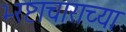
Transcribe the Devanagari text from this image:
भ्‍रष्टाचाराच्या